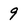
Character: 9